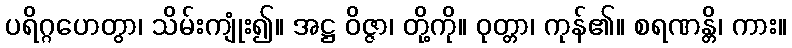
ပရိဂ္ဂဟေတွာ၊ သိမ်းကျုံး၍။ အဋ္ဌ ဝိဇ္ဇာ၊ တို့ကို။ ဝုတ္တာ၊ ကုန်၏။ စရဏန္တိ၊ ကား။